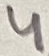
Text: 4